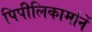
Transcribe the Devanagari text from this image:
पिपीलिकार्मानें